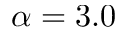
\alpha = 3 . 0